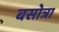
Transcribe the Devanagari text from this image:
बसोत्रा